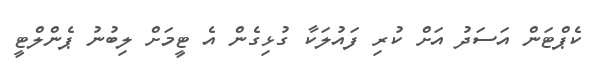
ކެޕްޓަން އަސަދު އަށް ކުރި ފައުލަކާ ގުޅިގެން އެ ޓީމަށް ލިބުނު ޕެންލްޓީ